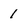
Character: 1